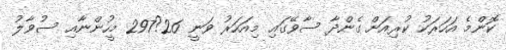
ކޮންމެ އަހަރަކު ކުރިއަށް ގެންދާ ސާވޭގައި މިއަހަރު ވަނީ 26?297 މީހުންނާއި ސުވާލު